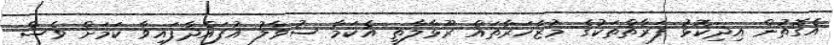
އެގޮތުން އިދިކޮޅު ފަރާތްތަކުގެ މުޒާހަރާތައް ރޫޅާލާތީ އެކަމާ ސުވާލު އުފައްދާފައިވާ ކަމަށް ވެސް